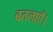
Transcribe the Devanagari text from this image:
बतलाएँ।